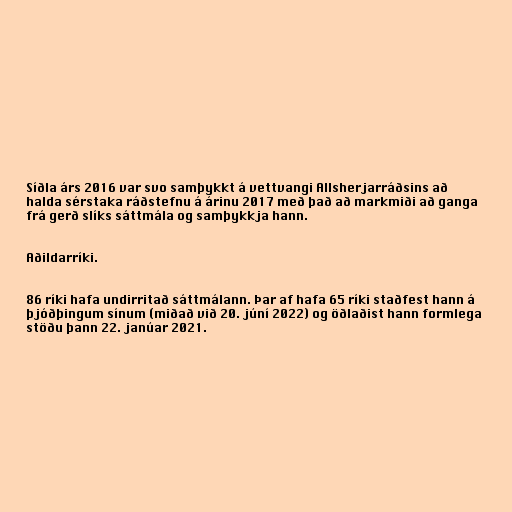
Síðla árs 2016 var svo samþykkt á vettvangi Allsherjarráðsins að
halda sérstaka ráðstefnu á árinu 2017 með það að markmiði að ganga
frá gerð slíks sáttmála og samþykkja hann.

Aðildarríki.

86 ríki hafa undirritað sáttmálann. Þar af hafa 65 ríki staðfest hann á
þjóðþingum sínum (miðað við 20. júní 2022) og öðlaðist hann formlega
stöðu þann 22. janúar 2021.